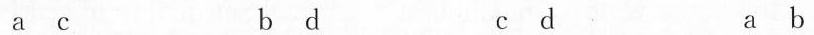
a c b d c d a b